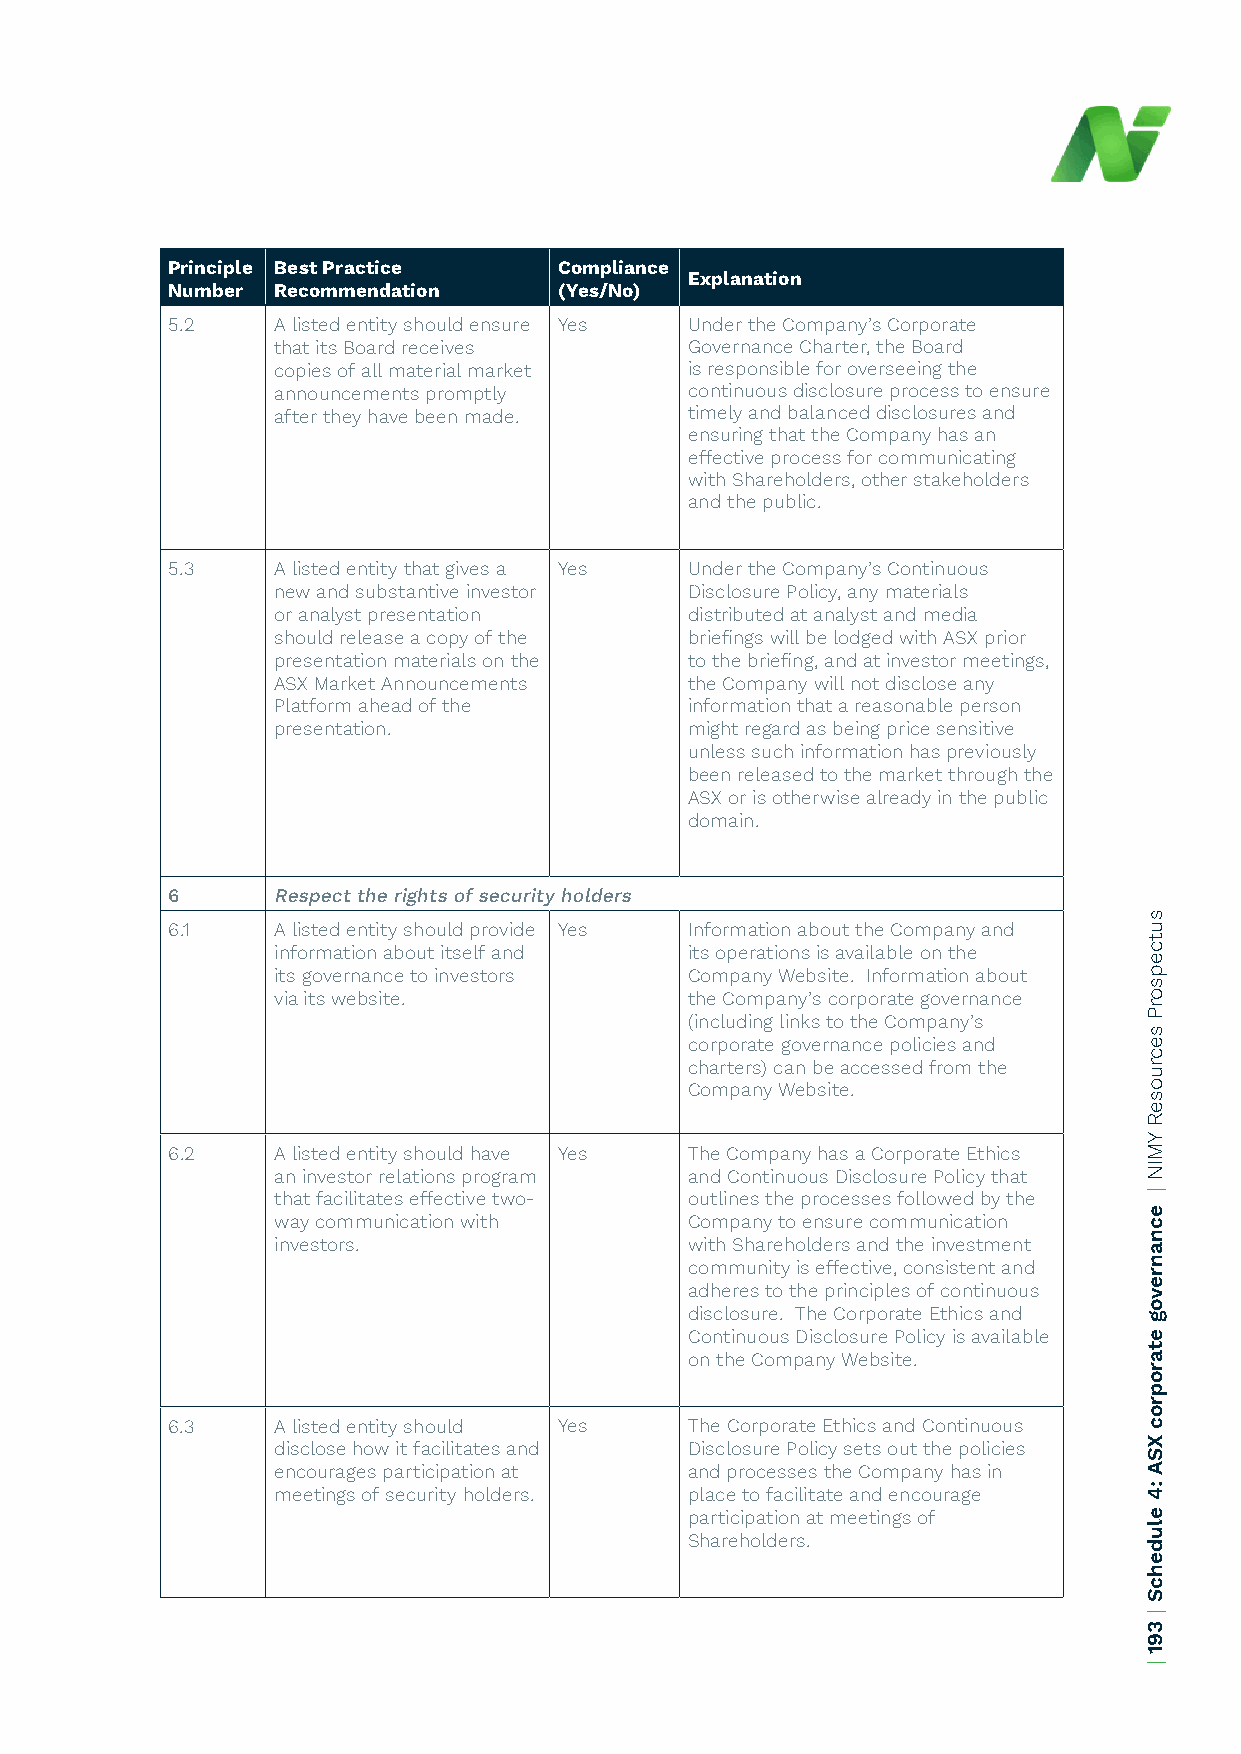
Principle Best Practice   Compliance
 Explanation
 Number Recommendation     (Yes/No)
 5.2    A listed entity should ensure Yes Under the Company’s Corporate
 that its Board receives     Governance Charter, the Board
 copies of all material market is responsible for overseeing the
 announcements promptly      continuous disclosure process to ensure
 after they have been made.  timely and balanced disclosures and
 ensuring that the Company has an
 effective process for communicating
 with Shareholders, other stakeholders
 and the public.
 5.3    A listed entity that gives a Yes Under the Company’s Continuous
 new and substantive investor Disclosure Policy, any materials
 or analyst presentation     distributed at analyst and media
 should release a copy of the briefings will be lodged with ASX prior
 presentation materials on the to the briefing, and at investor meetings,
 ASX Market Announcements    the Company will not disclose any
 Platform ahead of the       information that a reasonable person
 presentation.               might regard as being price sensitive
 unless such information has previously
 been released to the market through the
 ASX or is otherwise already in the public
 domain.
 6      Respect the rights of security holders
 6.1    A listed entity should provide Yes Information about the Company and
 information about itself and its operations is available on the
 its governance to investors Company Website. Information about
 via its website.            the Company’s corporate governance
 (including links to the Company’s
 corporate governance policies and
 charters) can be accessed from the
 Company Website.
 6.2    A listed entity should have Yes The Company has a Corporate Ethics
 an investor relations program and Continuous Disclosure Policy that
 that facilitates effective two- outlines the processes followed by the
 way communication with      Company to ensure communication
 investors.                  with Shareholders and the investment
 community is effective, consistent and
 adheres to the principles of continuous
 disclosure. The Corporate Ethics and
 Continuous Disclosure Policy is available
 on the Company Website.
 6.3    A listed entity should Yes  The Corporate Ethics and Continuous
 disclose how it facilitates and Disclosure Policy sets out the policies
 encourages participation at and processes the Company has in
 meetings of security holders. place to facilitate and encourage
 participation at meetings of
 Shareholders.
 sutcepsorP
 secruoseR
 YMIN
 |
 ecnanrevog
 etaroproc
 XSA
 :4
 eludehcS
 |
 391
 |